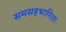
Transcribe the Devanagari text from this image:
समसहभागिता